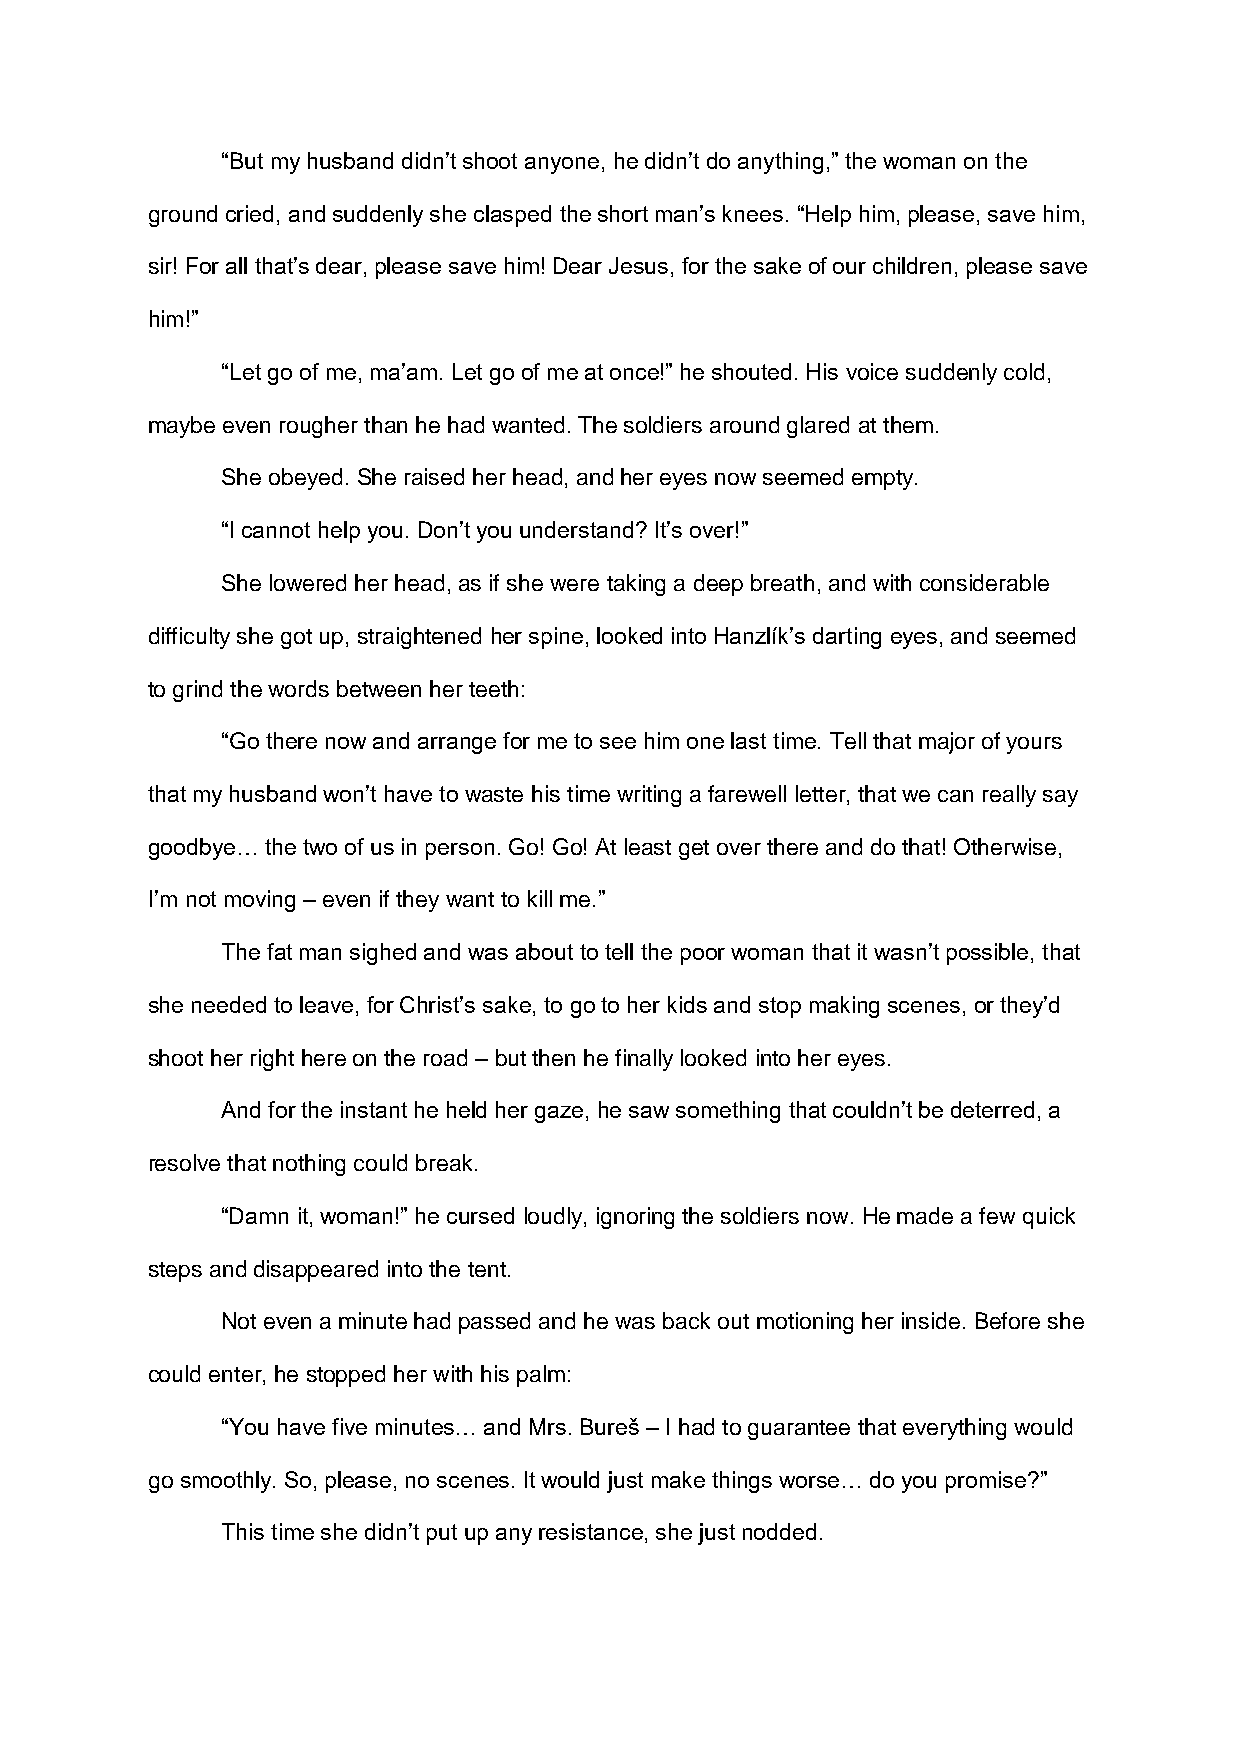
“But my husband didn’t shoot anyone, he didn’t do anything,” the woman on the
 ground cried, and suddenly she clasped the short man’s knees. “Help him, please, save him,
 sir! For all that’s dear, please save him! Dear Jesus, for the sake of our children, please save
 him!”
 “Let go of me, ma’am. Let go of me at once!” he shouted. His voice suddenly cold,
 maybe even rougher than he had wanted. The soldiers around glared at them.
 She obeyed. She raised her head, and her eyes now seemed empty.
 “I cannot help you. Don’t you understand? It’s over!”
 She lowered her head, as if she were taking a deep breath, and with considerable
 difficulty she got up, straightened her spine, looked into Hanzlík’s darting eyes, and seemed
 to grind the words between her teeth:
 “Go there now and arrange for me to see him one last time. Tell that major of yours
 that my husband won’t have to waste his time writing a farewell letter, that we can really say
 goodbye… the two of us in person. Go! Go! At least get over there and do that! Otherwise,
 I’m not moving – even if they want to kill me.”
 The fat man sighed and was about to tell the poor woman that it wasn’t possible, that
 she needed to leave, for Christ’s sake, to go to her kids and stop making scenes, or they’d
 shoot her right here on the road – but then he finally looked into her eyes.
 And for the instant he held her gaze, he saw something that couldn’t be deterred, a
 resolve that nothing could break.
 “Damn it, woman!” he cursed loudly, ignoring the soldiers now. He made a few quick
 steps and disappeared into the tent.
 Not even a minute had passed and he was back out motioning her inside. Before she
 could enter, he stopped her with his palm:
 “You have five minutes… and Mrs. Bureš – I had to guarantee that everything would
 go smoothly. So, please, no scenes. It would just make things worse… do you promise?”
 This time she didn’t put up any resistance, she just nodded.